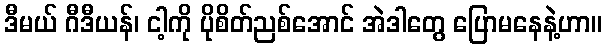
ဒီမယ် ဂီဒီယန်၊ ငါ့ကို ပိုစိတ်ညစ်အောင် အဲဒါတွေ ပြောမနေနဲ့ဟာ။